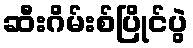
ဆီးဂိမ်းစ်ပြိုင်ပွဲ